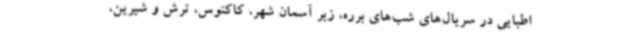
اطبایی در سریال‌های شب‌های برره، زیر آسمان شهر، کاکتوس، ترش و شیرین،